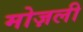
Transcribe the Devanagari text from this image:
मोज़ली